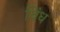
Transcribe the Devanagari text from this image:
विंध